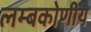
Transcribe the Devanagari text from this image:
लम्बकोणीय